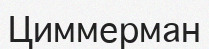
Циммерман